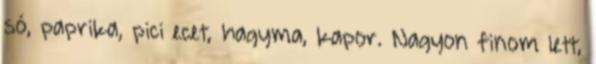
só, paprika, pici ecet, hagyma, kapor. Nagyon finom lett,